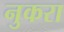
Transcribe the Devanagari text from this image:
नुकरा